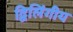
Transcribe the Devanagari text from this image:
द्विलिंगीय